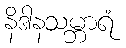
နိဒါနသမ္ဘာရံ